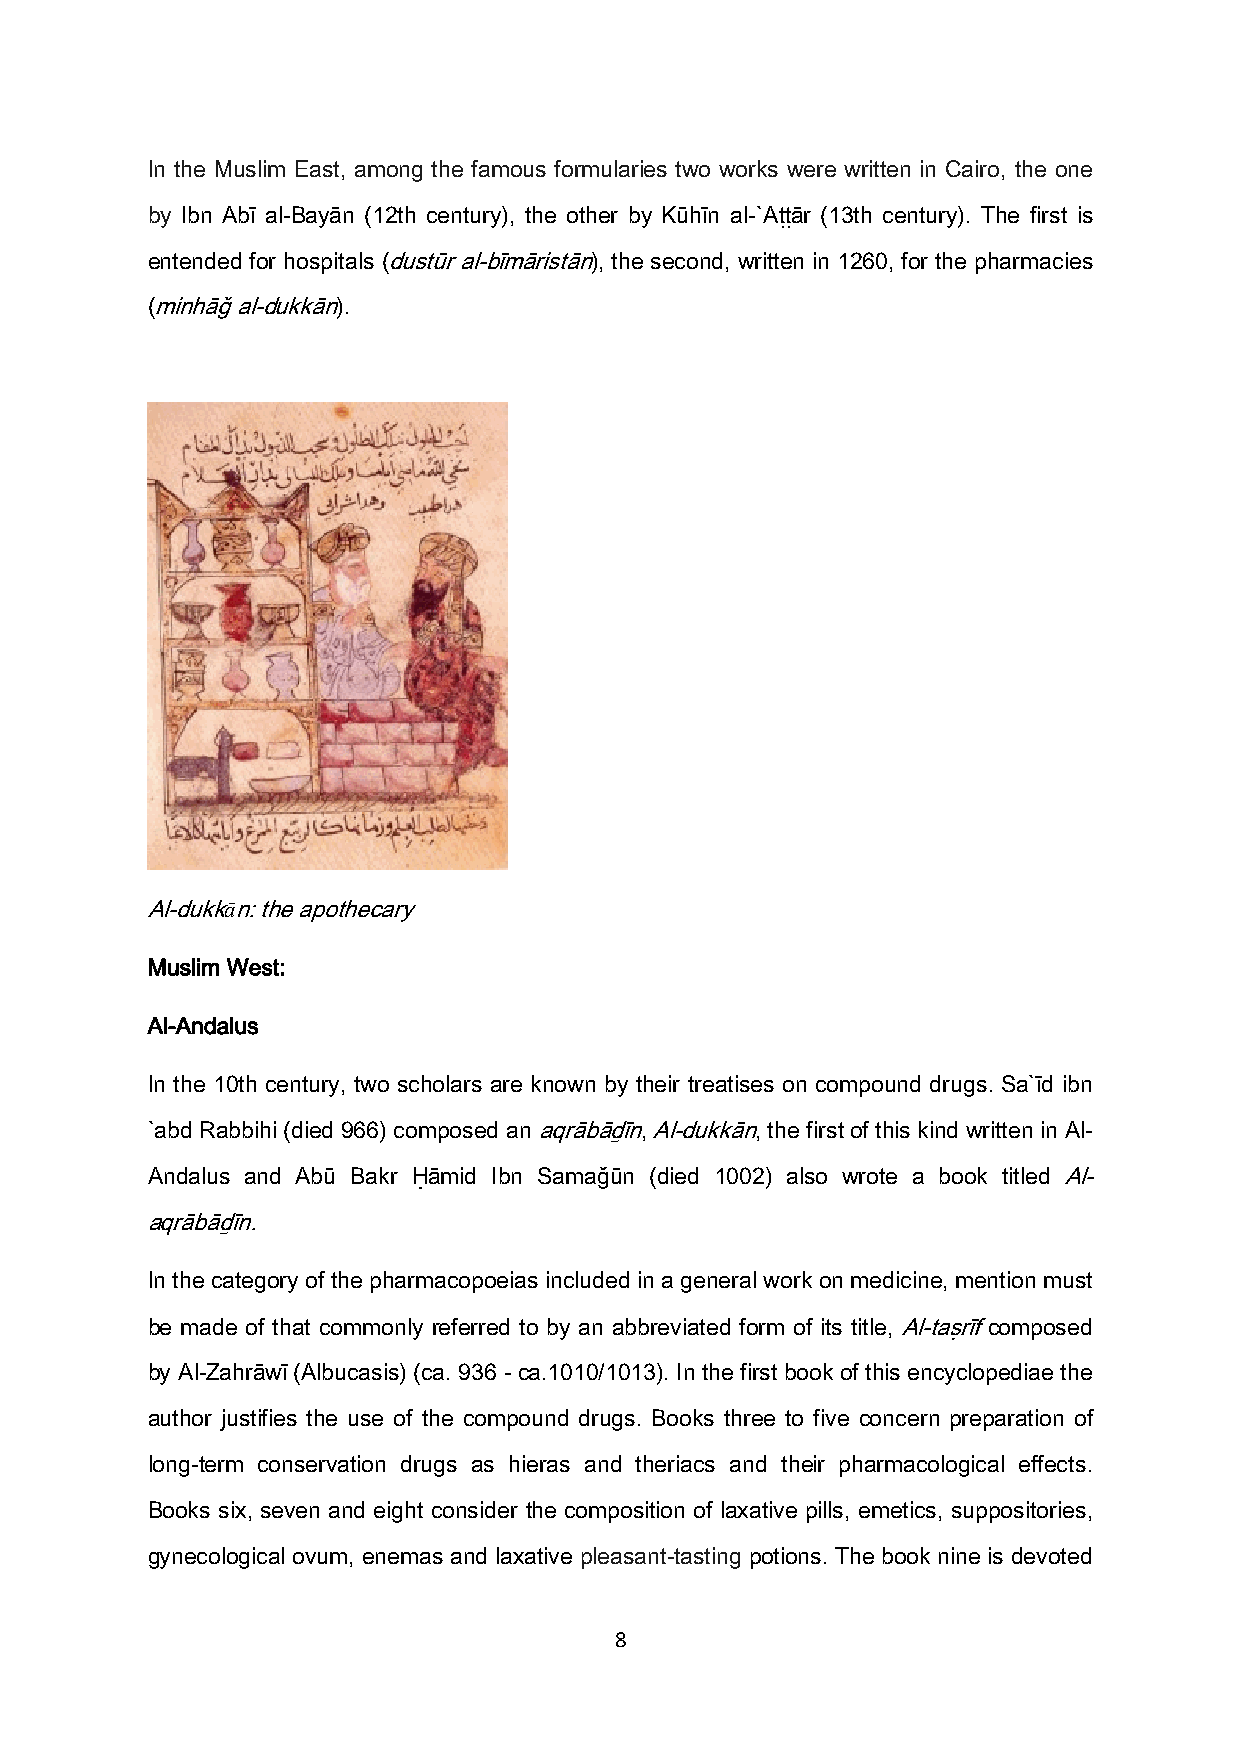
In the Muslim East, among the famous formularies two works were written in Cairo, the one
 by Ibn Abī al-Bayān (12th century), the other by Kūhīn al-`Aṭṭār (13th century). The first is
 entended for hospitals (dustūr al-bīmāristān), the second, written in 1260, for the pharmacies
 (minhāǧ al-dukkān).
 Al-dukkān: the apothecary
 Muslim West:
 Al-Andalus
 In the 10th century, two scholars are known by their treatises on compound drugs. Sa`īd ibn
 `abd Rabbihi (died 966) composed an aqrābāḏīn, Al-dukkān, the first of this kind written in Al-
 Andalus and Abū Bakr Ḥāmid Ibn Samaǧūn (died 1002) also wrote a book titled Al-
 aqrābāḏīn.
 In the category of the pharmacopoeias included in a general work on medicine, mention must
 be made of that commonly referred to by an abbreviated form of its title, Al-taṣrīf composed
 by Al-Zahrāwī (Albucasis) (ca. 936 - ca.1010/1013). In the first book of this encyclopediae the
 author justifies the use of the compound drugs. Books three to five concern preparation of
 long-term conservation drugs as hieras and theriacs and their pharmacological effects.
 Books six, seven and eight consider the composition of laxative pills, emetics, suppositories,
 gynecological ovum, enemas and laxative pleasant-tasting potions. The book nine is devoted
 8